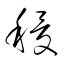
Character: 稷